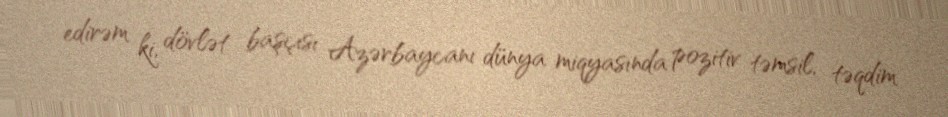
edirəm ki, dövlət başçısı Azərbaycanı dünya miqyasında pozitiv təmsil, təqdim